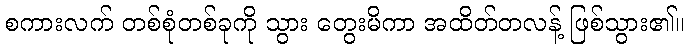
စကားလက် တစ်စုံတစ်ခုကို သွား တွေးမိကာ အထိတ်တလန့် ဖြစ်သွား၏။